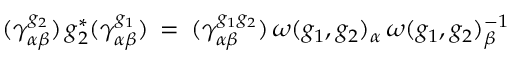
( \gamma _ { \alpha \beta } ^ { g _ { 2 } } ) \, g _ { 2 } ^ { * } ( \gamma _ { \alpha \beta } ^ { g _ { 1 } } ) \: = \: ( \gamma _ { \alpha \beta } ^ { g _ { 1 } g _ { 2 } } ) \, \omega ( g _ { 1 } , g _ { 2 } ) _ { \alpha } \, \omega ( g _ { 1 } , g _ { 2 } ) _ { \beta } ^ { - 1 }